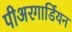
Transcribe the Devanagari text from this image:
पीअरगार्डियन